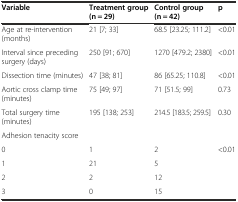
| Variable | Treatment group (n = 29) | Control group (n = 42) | p |
 | --- | --- | --- | --- |
 | Age at re-intervention (months) | 21 [7; 33] | 68.5 [23.25; 111.2] | <0.01 |
 | Interval since preceding surgery (days) | 250 [91; 670] | 1270 [479.2; 2380] | <0.01 |
 | Dissection time (minutes) | 47 [38; 81] | 86 [65.25; 110.8] | <0.01 |
 | Aortic cross clamp time (minutes) | 75 [49; 97] | 71 [51.5; 99] | 0.73 |
 | Total surgery time (minutes) | 195 [138; 253] | 214.5 [183.5; 259.5] | 0.30 |
 | Adhesion tenacity score |  |  |  |
 | 0 | 1 | 2 | <ROWSPAN=4> <0.01 |
 | 1 | 21 | 5 |
 | 2 | 2 | 12 |
 | 3 | 0 | 15 |